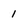
Character: 1